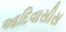
આદિવાસીસ